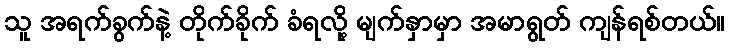
သူ အရက်ခွက်နဲ့ တိုက်ခိုက် ခံရလို့ မျက်နှာမှာ အမာရွတ် ကျန်ရစ်တယ်။